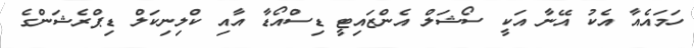
ހަމައެއާ އެކު އޭނާ އަކީ ސޯޝަލް އެންޒައިޓީ ޑިސްއޯޑާ އާއި ކްލިނިކަލް ޑިޕްރެޝަންގެ